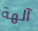
آلهة